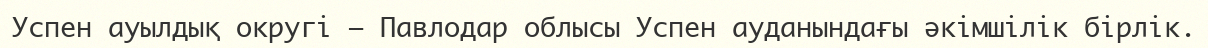
Успен ауылдық округі – Павлодар облысы Успен ауданындағы әкімшілік бірлік.